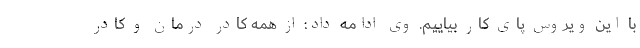
با این ویروس پای کار بیاییم. وی ادامه داد: از همه کادر درمان و کادر